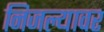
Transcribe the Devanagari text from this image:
निजल्यावर